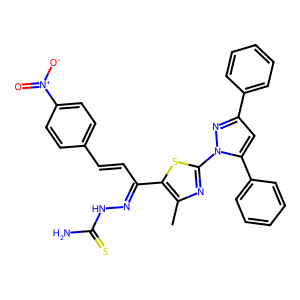
SMILES: Cc1nc(-n2nc(-c3ccccc3)cc2-c2ccccc2)sc1C(C=Cc1ccc([N+](=O)[O-])cc1)=NNC(N)=S
Inhibits HIV replication: No